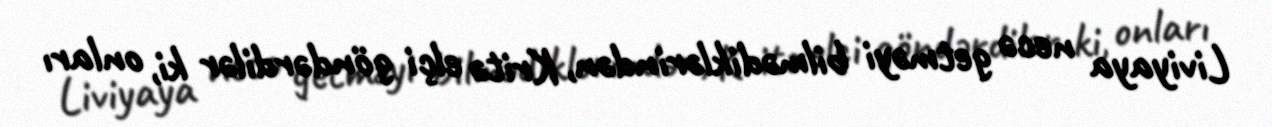
Liviyaya necə getməyi bilmədiklərindən, Kritə elçi göndərdilər ki, onları